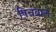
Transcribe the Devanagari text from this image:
पिचवाले